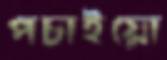
পচাইয়ো